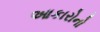
આકારોનો